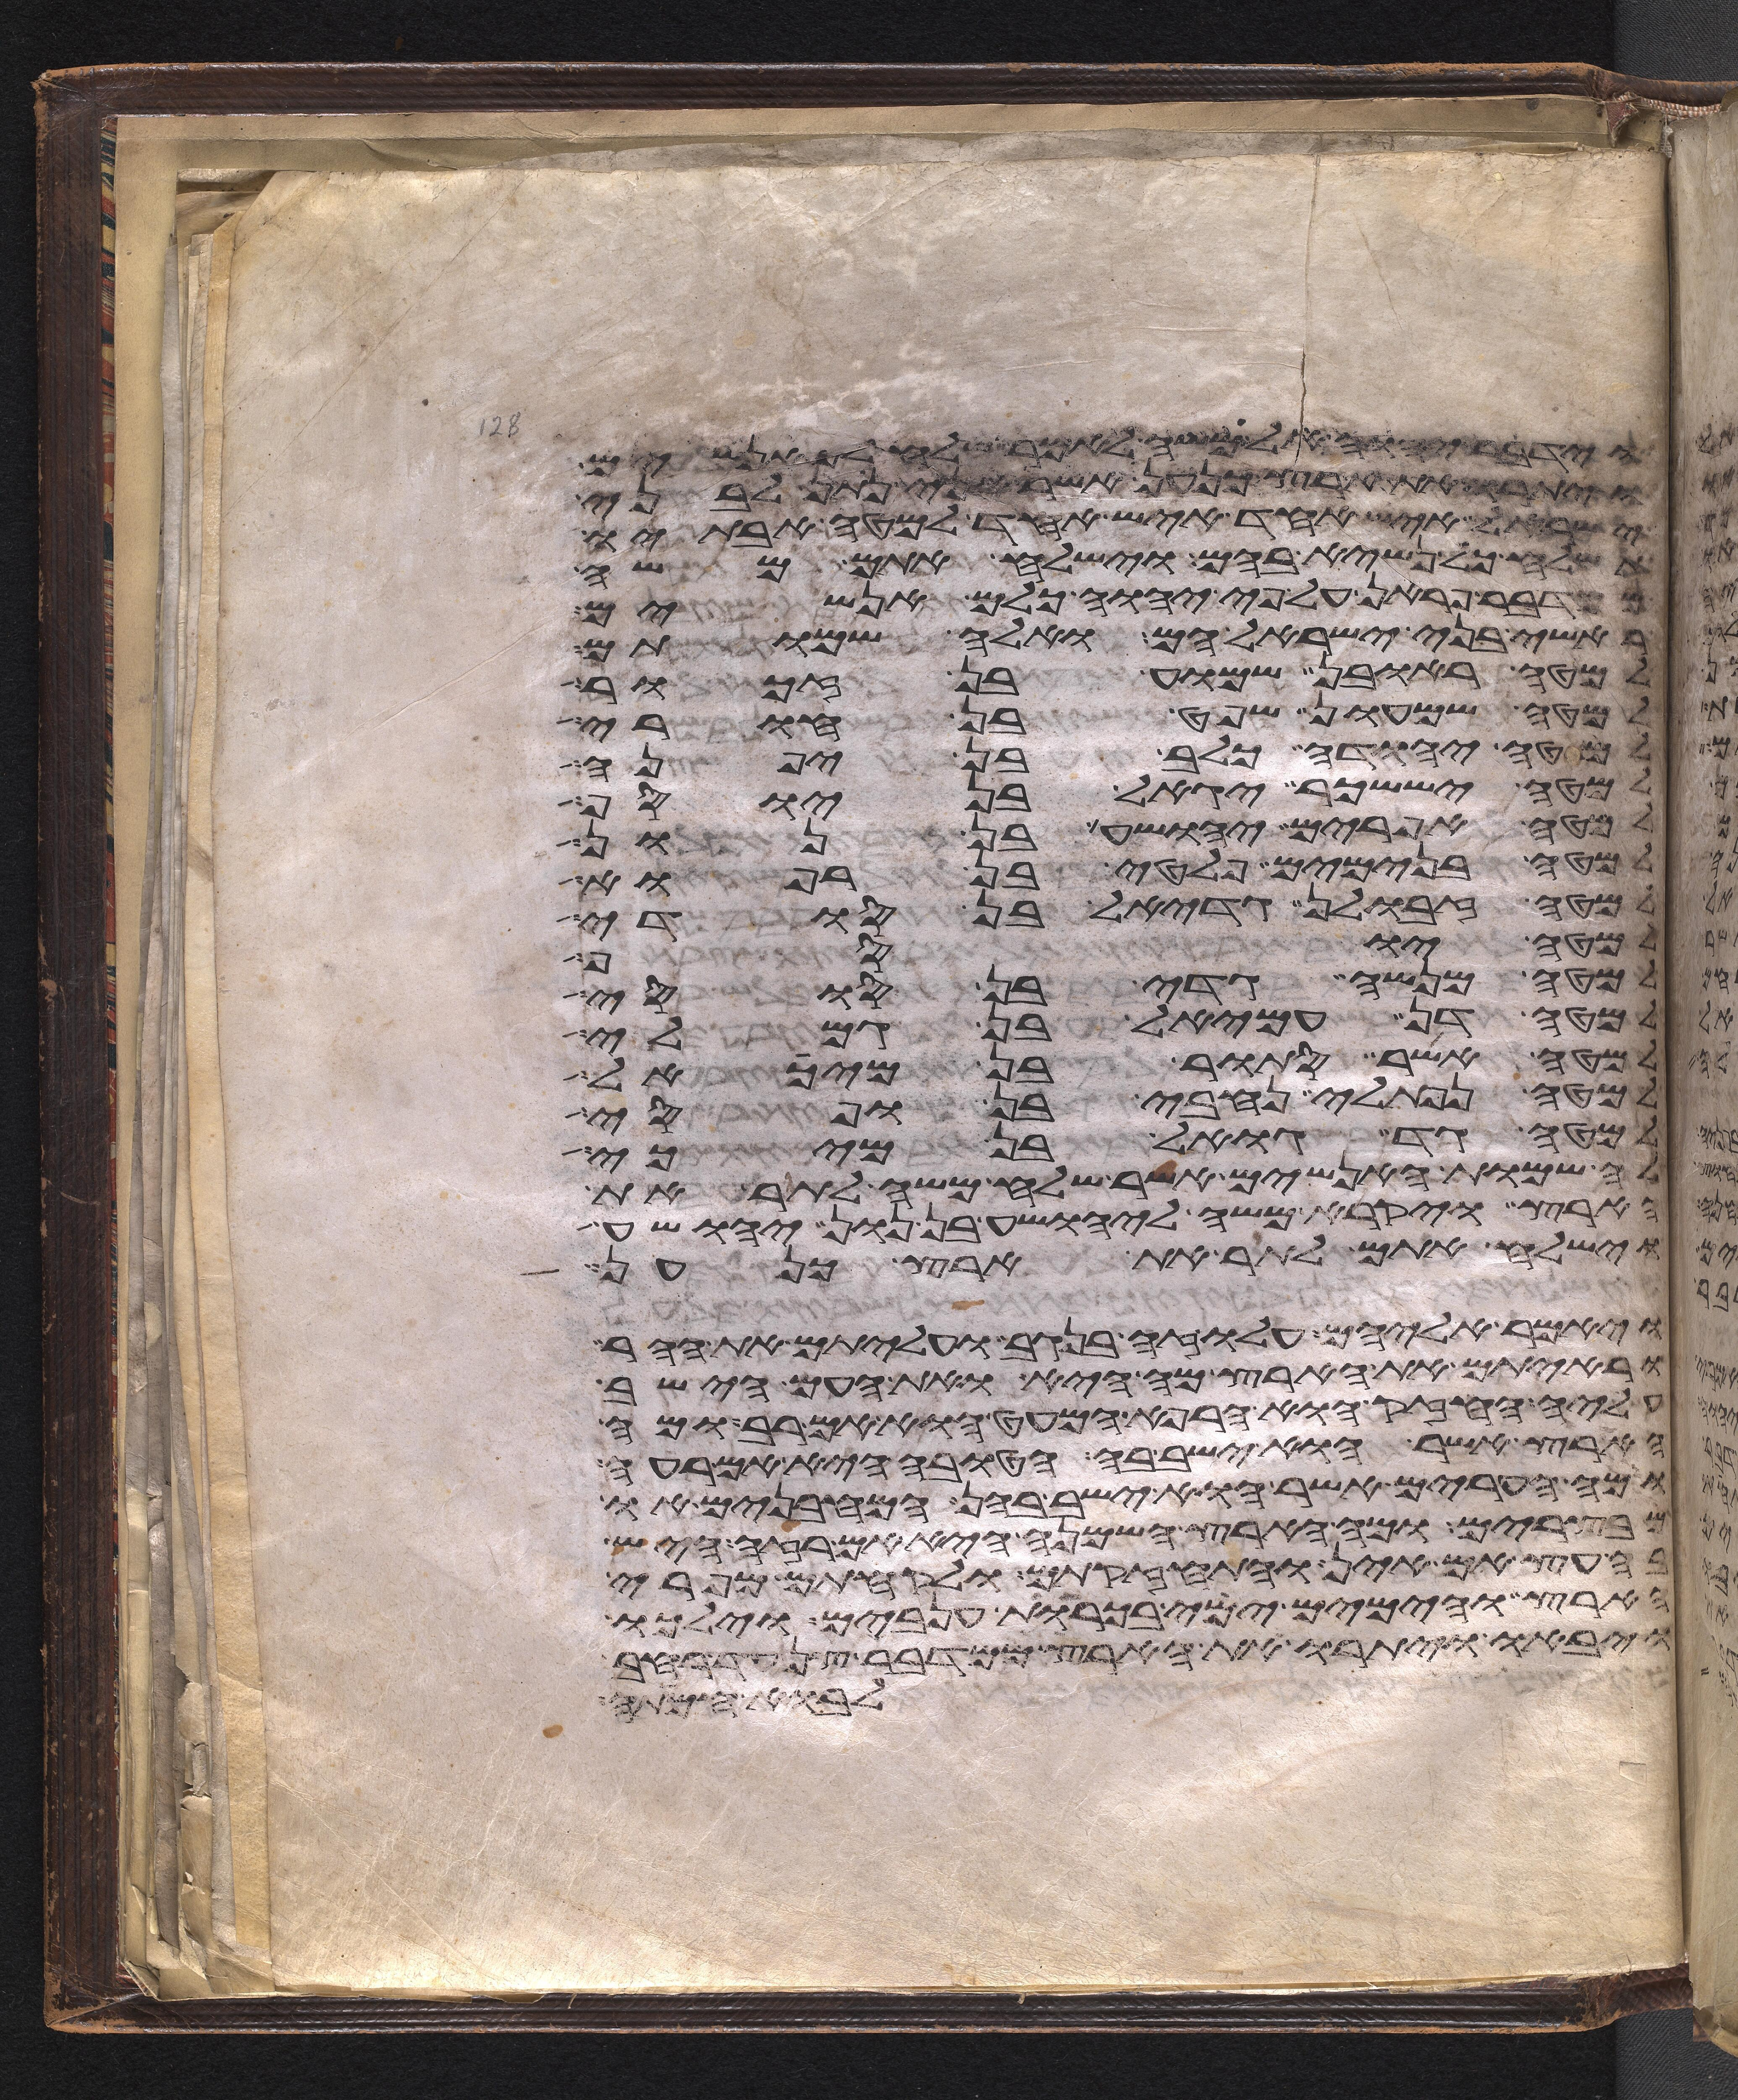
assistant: וידבר יהוה אל משה לאמר שלח לך אנשים
ויתורו את ארץ כנען אשר אני נתן לבני
ישראל איש אחד איש אחד למטה אבתיו
תשלח כל נשיא בהם וישלח אתם משה
ממדבר פראן על פי יהוה כלם אנשים
ראשי בני ישראל הם ואלה שמותם
למטה ראובן שמוע בן זכור
למטה שמעון שפט בן חורי
למטה יהודה כלב בן יפנה
למטה יששכר יגאל בן יוסף
למטה אפרים יהושע בן נון
למטה בנימים פלטי בן רפוא
למטה זבולן גדיאל בן סודי
למטה יהודה וימלא
למטה מנשה גדי בן סוסי
למטה דן עמיאל בן גמלי
למטה אשר סתור בן מיכאל
למטה נפתלי נחבי בן ופסי
למטה גד גואל בן מיכי
אלה שמות האנשים אשר שלח משה לתור את
הארץ ויקרא משה ליהושע בן נון יהושע
וישלח אתם לתור את ארץ כנען
ויאמר אליהם עלו זה בנגב ועליתם את ההר
וראיתם את הארץ מה היא ואת העם הישב
עליה החזק או הרפא המעט הוא אם רב ומה
הארץ אשר הוא ישב בה הטובה היא אם רעה
ומה הערים אשר הוא ישב בהן המבחנים או
מבצרים ומה הארץ השמנה היא אם רזה היש
בה עץ אם אין והתחזקתם ולקחתם מפרי
הארץ והימים ימי בכורת ענבים וילכו
ויבאו ויתורו את הארץ ממדבר צן עד רחב
לבוא חמתה